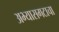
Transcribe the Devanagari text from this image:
अभ्यासगटाचा